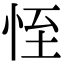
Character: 恎